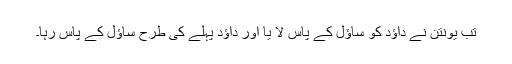
تب یونتن نے داؤد کو ساؤل کے پاس لا یا اور داؤد پہلے کی طرح ساؤل کے پاس رہا۔